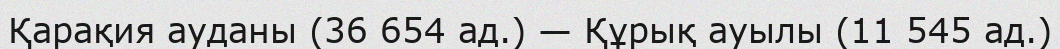
Қарақия ауданы (36 654 ад.) — Құрық ауылы (11 545 ад.)